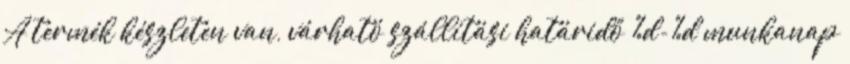
A termék készleten van, várható szállítási határidő %d-%d munkanap